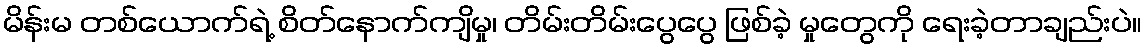
မိန်းမ တစ်ယောက်ရဲ့ စိတ်နောက်ကျိမှု၊ တိမ်းတိမ်းပွေပွေ ဖြစ်ခဲ့ မှုတွေကို ရေးခဲ့တာချည်းပဲ။